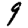
Digit: 9